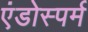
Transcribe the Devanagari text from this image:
एंडोस्पर्म